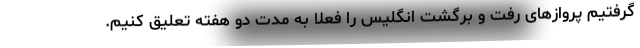
گرفتیم پرواز‌های رفت و برگشت انگلیس را فعلا به مدت دو هفته تعلیق کنیم.